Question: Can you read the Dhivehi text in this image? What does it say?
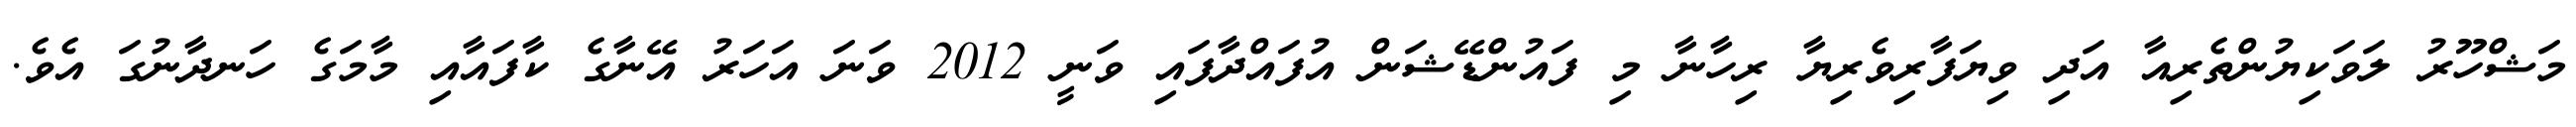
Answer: މަޝްހޫރު ލަވަކިޔުންތެރިއާ އަދި ވިޔަފާރިވެރިޔާ ރިހާނާ މި ފައުންޑޭޝަން އުފައްދާފައި ވަނީ 2012 ވަނަ އަހަރު އޭނާގެ ކާފައާއި މާމަގެ ހަނދާނުގަ އެވެ.